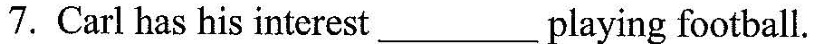
7. Carl has his interest__playing football.